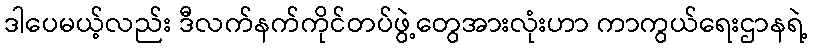
ဒါပေမယ့်လည်း ဒီလက်နက်ကိုင်တပ်ဖွဲ့တွေအားလုံးဟာ ကာကွယ်ရေးဌာနရဲ့